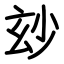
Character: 玅